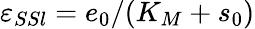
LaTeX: \varepsilon_{SSl}=e_{0}/(K_{M}+s_{0})